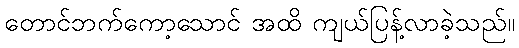
တောင်ဘက်ကော့သောင် အထိ ကျယ်ပြန့်လာခဲ့သည်။